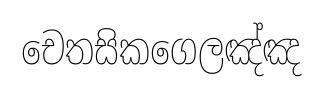
චෙතසිකගෙලඤ්ඤ